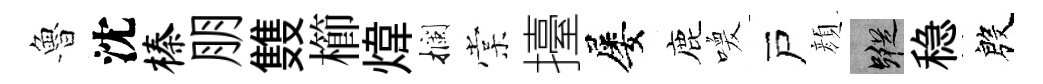
魯沈榛朋䨇櫛煒攔棠擡屡鹿喚戸顔蹤稳殷